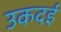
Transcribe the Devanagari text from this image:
उकदई